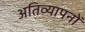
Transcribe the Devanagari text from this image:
अतिव्यापनों